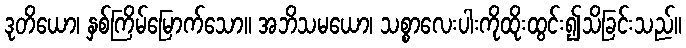
ဒုတိယော၊ နှစ်ကြိမ်မြောက်သော။ အဘိသမယော၊ သစ္စာလေးပါးကိုထိုးထွင်း၍သိခြင်းသည်။